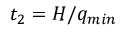
t _ { 2 } = H / q _ { m i n }